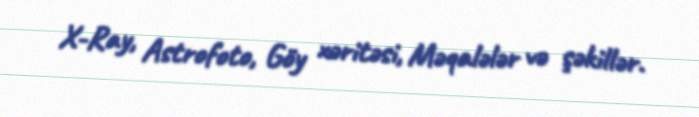
X-Ray, Astrofoto, Göy xəritəsi, Məqalələr və şəkillər.